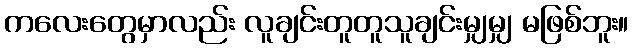
ကလေးတွေမှာလည်း လူချင်းတူတူသူချင်းမျှမျှ မဖြစ်ဘူး။